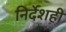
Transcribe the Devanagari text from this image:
निर्देशही